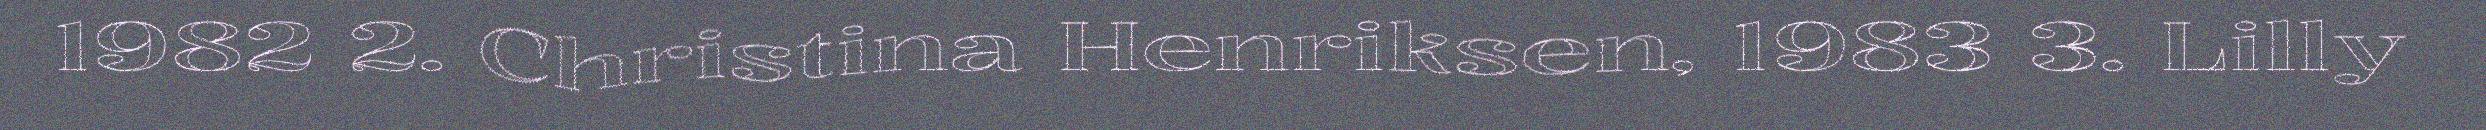
1982 2. Christina Henriksen, 1983 3. Lilly